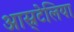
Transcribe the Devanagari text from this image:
आस्र्टेलिया